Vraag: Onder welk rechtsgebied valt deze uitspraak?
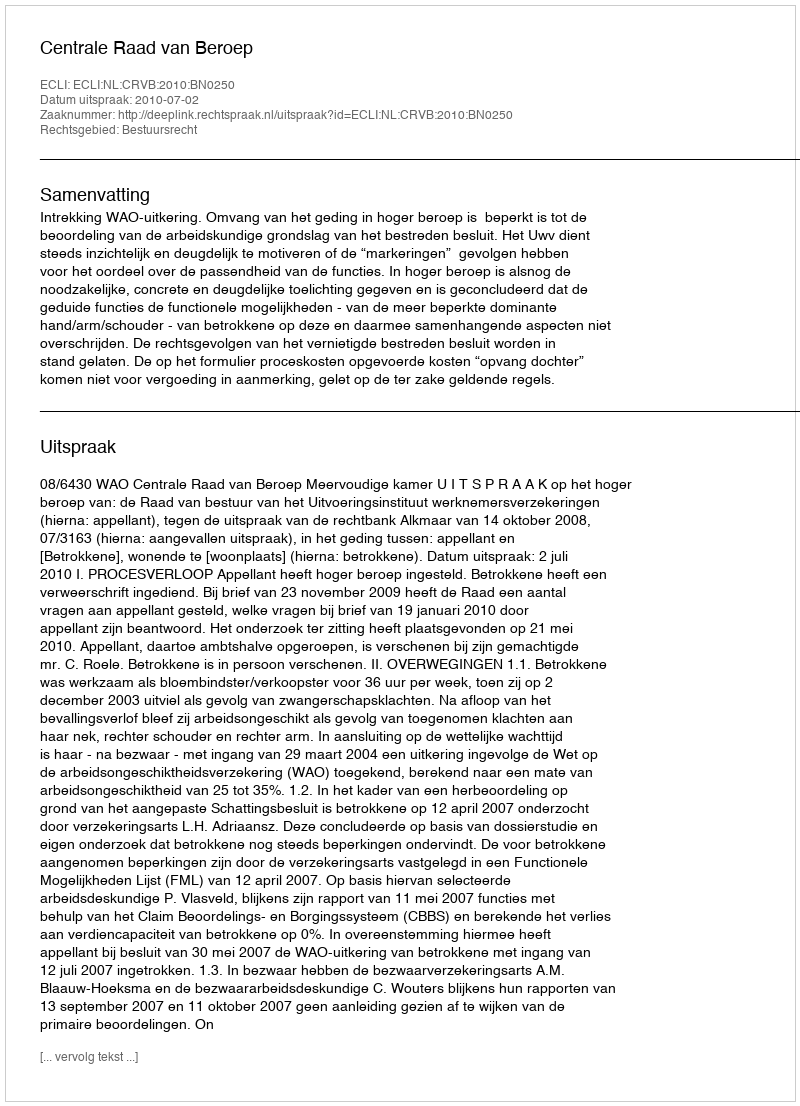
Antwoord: Bestuursrecht